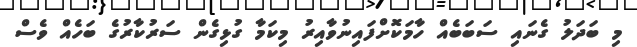
މި ބަދަލު ގެނައި ސަބަބެއް ހާމަކޮށްފައިނުވާއިރު މިކަމާ ގުޅިގެން ސަރުކާރުގެ ބަހެއް ވެސް